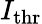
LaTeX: I_{\mathrm{thr}}